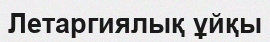
Летаргиялық ұйқы